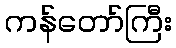
ကန်တော်ကြီး